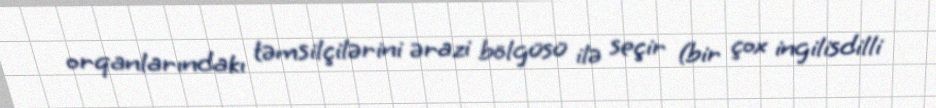
orqanlarındakı təmsilçilərini ərazi bölgüsü ilə seçir (bir çox ingilisdilli